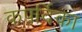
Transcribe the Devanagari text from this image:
कपर्दिका